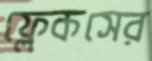
ফ্লেকসের